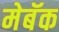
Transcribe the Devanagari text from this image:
मेबॅक